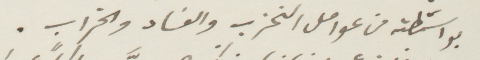
بواسطته من عوامل التحزب والفساد والخراب.